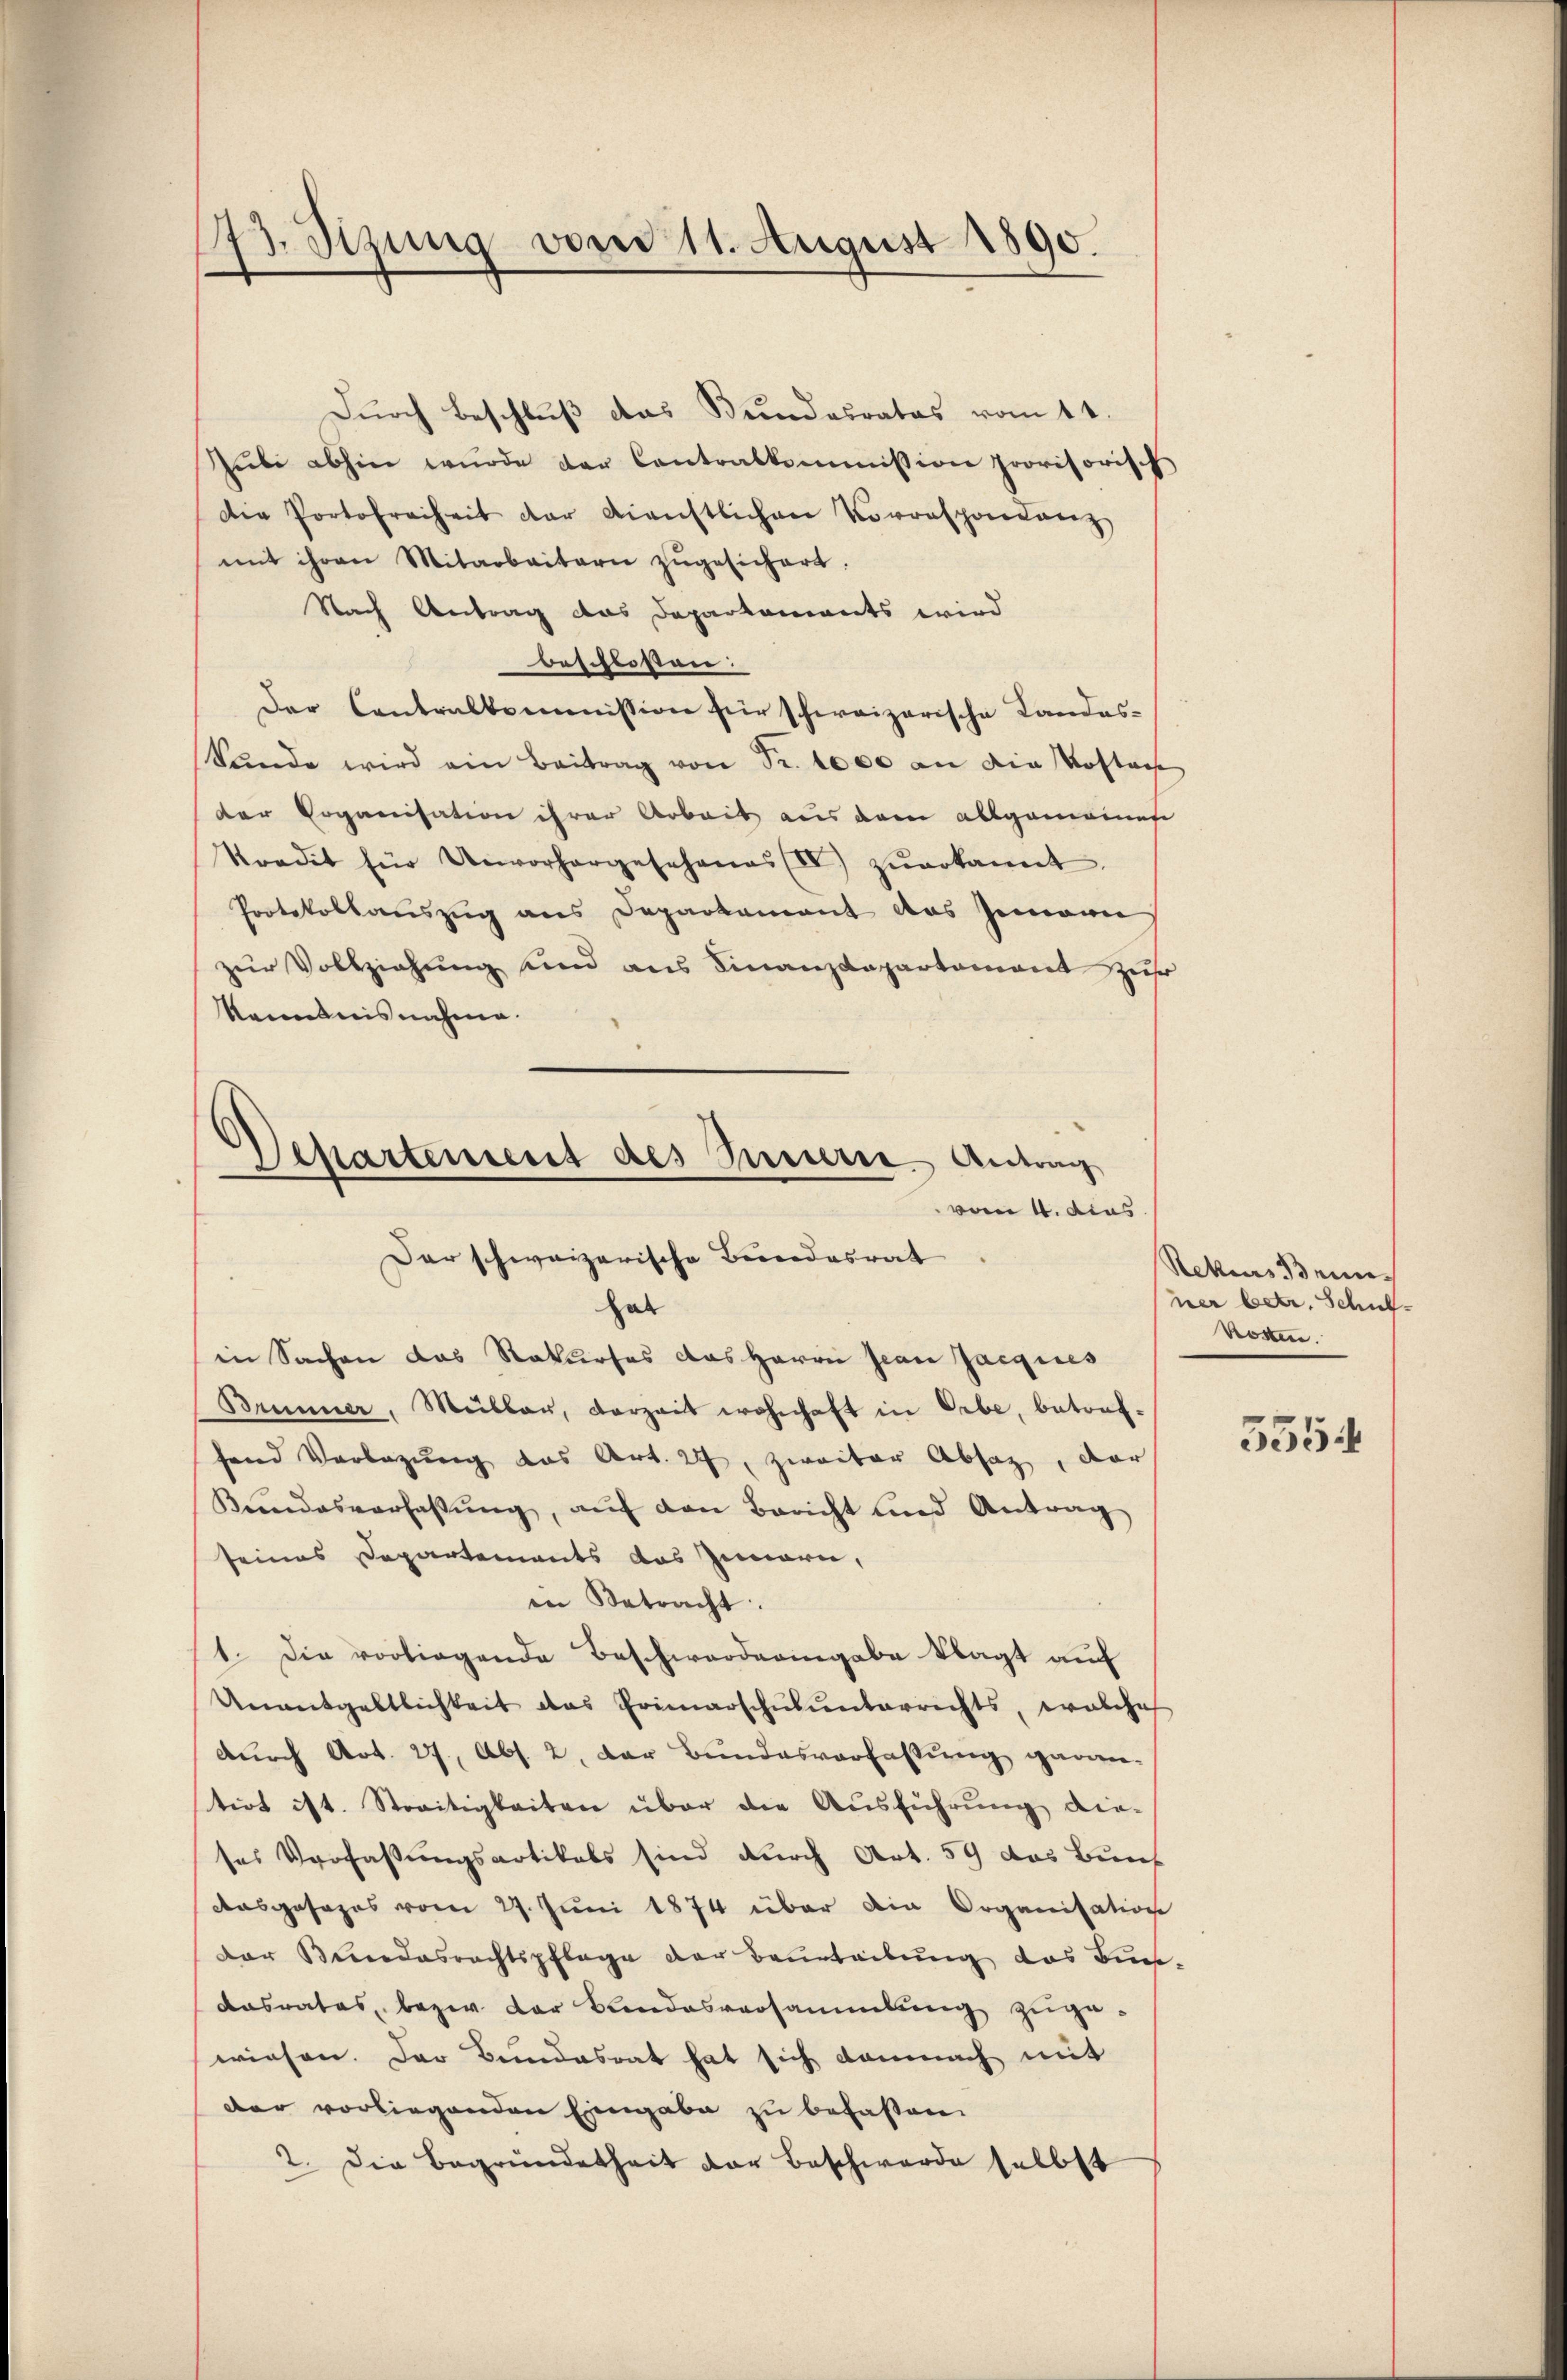
73. Sizung vom 11. August 1890.

Durch Beschluß das Bundesrates vom 11.
Zubi abhin wurde der Contralkommission provisorisch
Die Portofreiheit der dienstlichen Vorrespondanz
mit ihren Mitarbeitern zŭgesichert.
Nach Antrag das Departements wird
beschlossen:
Der Contralkommission für schweizerische Landeskunde wird ein Beitrag von Fr. 1000 an die Kosten
der Soganisation ihrer Arbeit aus dem allgemeinet
Sradit für Unvorhergeschanas (IV) zŭerkannt.
Protokollauszug aus Departement das Jemann
zur Vollziehung und aus Finanzdepartement zus
kenntnisnahme.
hab
in Sachen das Rekurses das Herrn Jean Jacques
Brunner, Müller, vorzeit wohnhaft in Erbe, betorf-
fend Vorlegŭng das Art. 27, zweiter Absaz, der
Kundesverfassŭng, aŭf den Bericht und Antrag
seines Departements das Zimern,
iin Betracht.
1. Die vorliegende Beschwerderingabe klagt auf
Unentgeltlichkeit das Primarschulunterrichts, welche
durch Art. 27, Abs. 2. Der Bundesverfassung garan-
tiot ist. Streitigkeiten über die Aŭsführŭng die-
ses Verfaßungsartikals sind durch Art. 59 das Bun¬
Ausgesezes vom 27. Juni 1874 über die Organisation
Der Bundesrechtspflege der Beurteibung das Burs
dasrates, bezw. der Bundesversammlung zugewiesen. Der Bundesrat hat sich damnach mit
der vorliegenden Eingabe zu befassen.
2. Die Begründetheit der Beschwerde selbst

Departement des Innere Antrag
vom 4. dies
Der schweizerische Bundesrat

s

Rekurs Brie
ner betr. Schulkosten.

5554